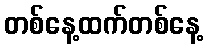
တစ်နေ့ထက်တစ်နေ့